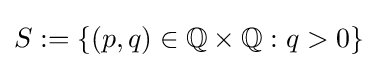
S:=\{(p,q)\in \mathbb {Q} \times \mathbb {Q} :q>0\}